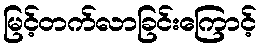
မြင့်တက်လာခြင်းကြောင့်